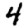
Digit: 4